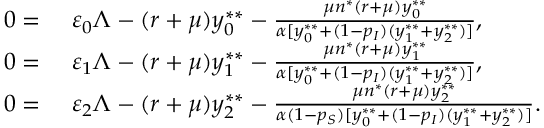
\begin{array} { r l } { 0 = } & { ~ \varepsilon _ { 0 } \Lambda - ( r + \mu ) y _ { 0 } ^ { * * } - \frac { \mu n ^ { * } ( r + \mu ) y _ { 0 } ^ { * * } } { \alpha [ y _ { 0 } ^ { * * } + ( 1 - p _ { I } ) ( y _ { 1 } ^ { * * } + y _ { 2 } ^ { * * } ) ] } , } \\ { 0 = } & { ~ \varepsilon _ { 1 } \Lambda - ( r + \mu ) y _ { 1 } ^ { * * } - \frac { \mu n ^ { * } ( r + \mu ) y _ { 1 } ^ { * * } } { \alpha [ y _ { 0 } ^ { * * } + ( 1 - p _ { I } ) ( y _ { 1 } ^ { * * } + y _ { 2 } ^ { * * } ) ] } , } \\ { 0 = } & { ~ \varepsilon _ { 2 } \Lambda - ( r + \mu ) y _ { 2 } ^ { * * } - \frac { \mu n ^ { * } ( r + \mu ) y _ { 2 } ^ { * * } } { \alpha ( 1 - p _ { S } ) [ y _ { 0 } ^ { * * } + ( 1 - p _ { I } ) ( y _ { 1 } ^ { * * } + y _ { 2 } ^ { * * } ) ] } . } \end{array}